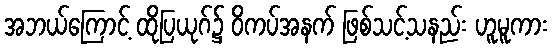
အဘယ်ကြောင့် ထိုပြယုဂ်၌ ဝိကပ်အနက် ဖြစ်သင့်သနည်း ဟူမူကား